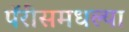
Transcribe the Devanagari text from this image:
पॅरीसमधल्या